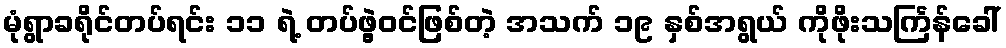
မုံရွာခရိုင်တပ်ရင်း ၁၁ ရဲ့ တပ်ဖွဲ့ဝင်ဖြစ်တဲ့ အသက် ၁၉ နှစ်အရွယ် ကိုဖိုးသင်္ကြန်ခေါ်